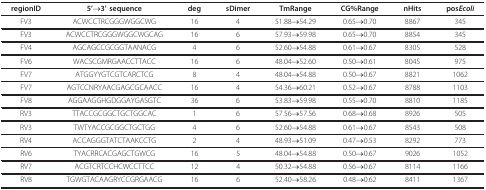
| regionID | 5'→3' sequence | deg | sDimer | TmRange | CG%Range | nHits | posEcoli |
 | --- | --- | --- | --- | --- | --- | --- | --- |
 | FV3 | ACWCCTRCGGGWGGCWG | 16 | 4 | 51.88→54.29 | 0.65→0.70 | 8867 | 345 |
 | FV3 | ACWCCTRCGGGWGGCWGCAG | 16 | 6 | 57.93→59.98 | 0.65→0.70 | 8854 | 345 |
 | FV4 | AGCAGCCGCGGTAANACG | 4 | 6 | 52.60→54.88 | 0.61→0.67 | 8305 | 528 |
 | FV6 | WACSCGMRGAACCTTACC | 16 | 6 | 48.04→52.60 | 0.50→0.61 | 8045 | 975 |
 | FV7 | ATGGYYGTCGTCARCTCG | 8 | 4 | 48.04→54.88 | 0.50→0.67 | 8821 | 1062 |
 | FV7 | AGTCCNRYAACGAGCGCAACC | 16 | 4 | 54.36→60.21 | 0.52→0.67 | 8788 | 1103 |
 | FV8 | AGGAAGGHGDGGAYGASGTC | 36 | 6 | 53.83→59.98 | 0.55→0.70 | 8810 | 1185 |
 | RV3 | TTACCGCGGCTGCTGGCAC | 1 | 6 | 57.56→57.56 | 0.68→0.68 | 8926 | 505 |
 | RV3 | TWTYACCGCGGCTGCTGG | 4 | 6 | 52.60→54.88 | 0.61→0.67 | 8543 | 508 |
 | RV4 | ACCAGGGTATCTAAKCCTG | 2 | 4 | 48.93→51.09 | 0.47→0.53 | 8292 | 773 |
 | RV6 | TYACRRCACGAGCTGWCG | 16 | 5 | 48.04→54.88 | 0.50→0.67 | 9026 | 1052 |
 | RV7 | ACGTCRTCCHCWCCTTCC | 12 | 4 | 50.32→54.88 | 0.56→0.67 | 8114 | 1166 |
 | RV8 | TGWGTACAAGRYCCGRGAACG | 16 | 6 | 52.40→58.26 | 0.48→0.62 | 8411 | 1367 |